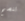
تنصح